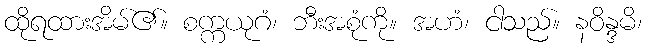
ထိုရထားအိမ်၏။ စက္ကယုဂံ၊ ဘီးအစုံကို။ အဟံ၊ ငါသည်။ နဝိန္ဒမိ၊